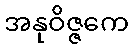
အနုဝိဇ္ဇကေ